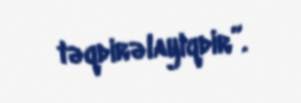
təqdirəlayiqdir”.